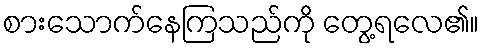
စားသောက်နေကြသည်ကို တွေ့ရလေ၏။